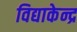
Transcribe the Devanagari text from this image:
विद्याकेन्द्र